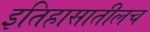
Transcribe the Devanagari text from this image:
इतिहासातीलच